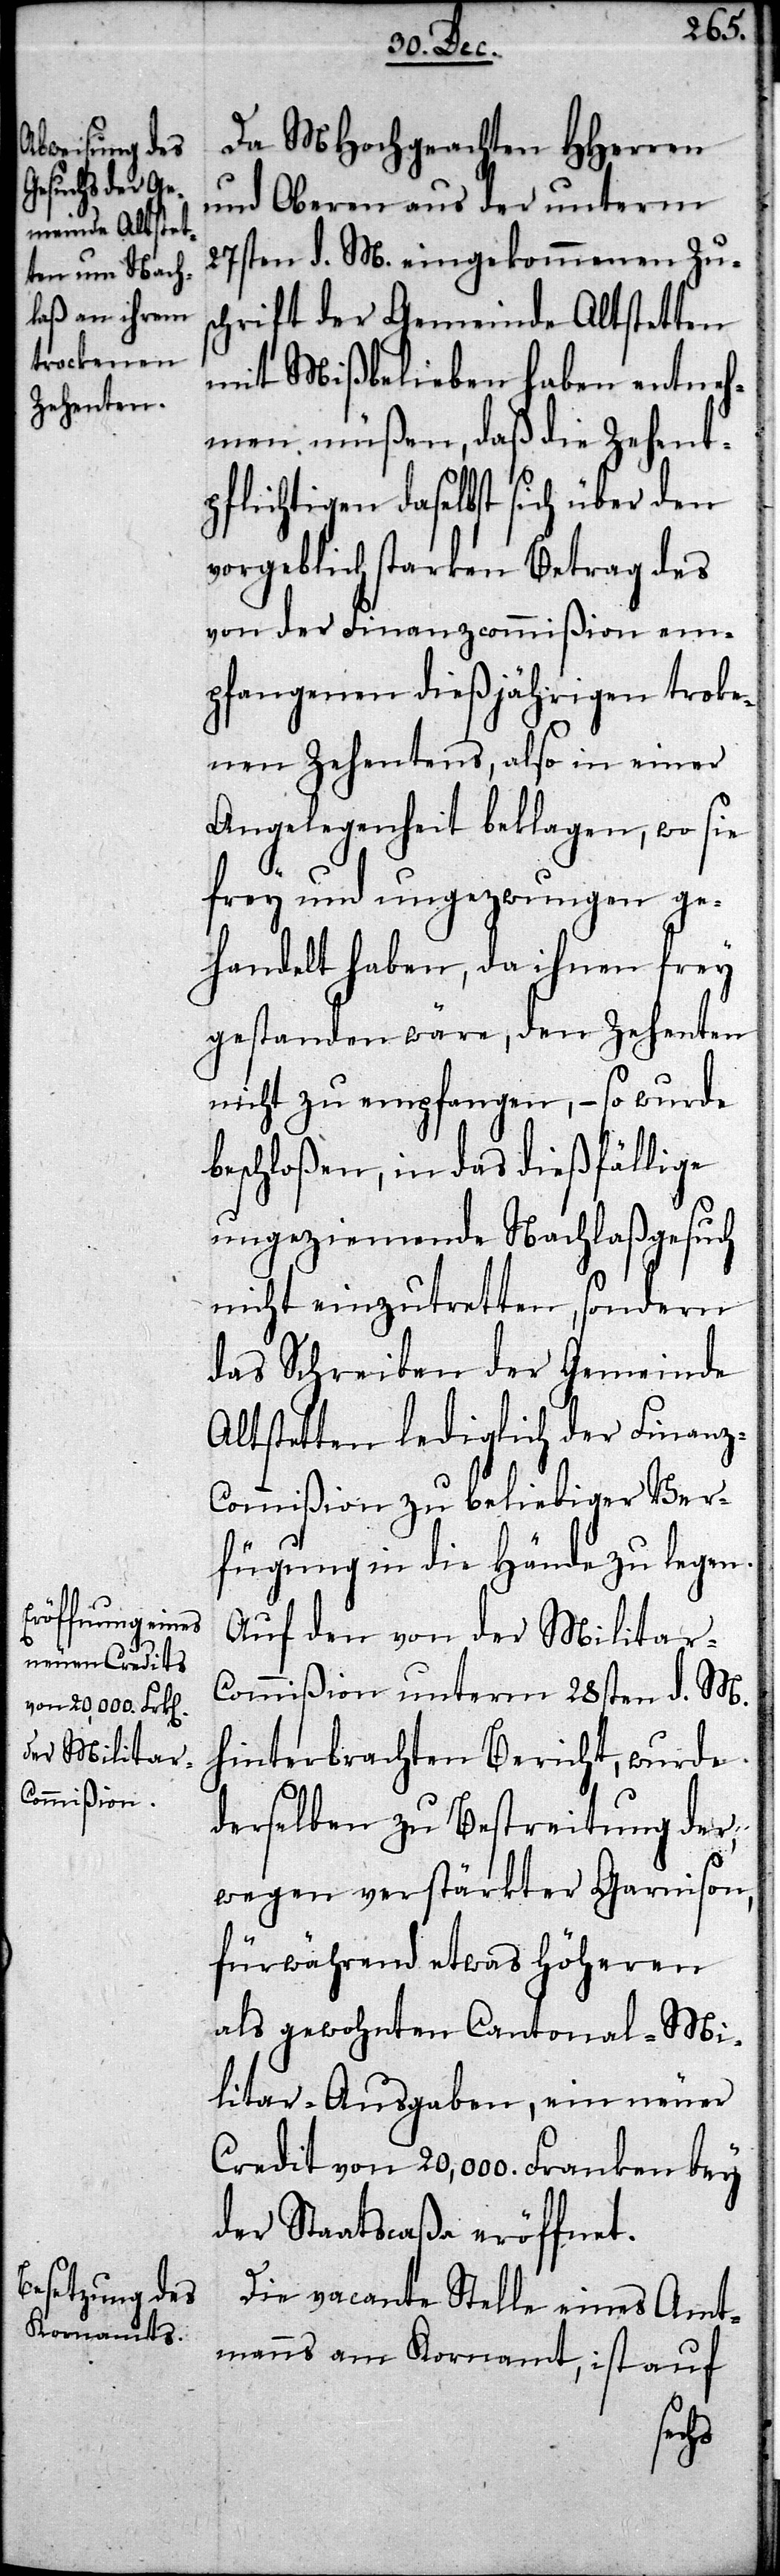
Da MHochgeachten HHerren
und Oberen aus der unterm
27sten d. M. eingekommenen Zus¬
chrift der Gemeinde Altstetten
mit Mißbelieben haben entneh¬
men müßen, daß die Zehent¬
pflichtigen daselbst sich über den
vorgeblich starken Betrag des
von der Finanzcommißion em¬
pfangenen dießjährigen troke¬
nen Zehentens, also in einer
Angelegenheit beklagen, wo sie
frey und ungezwungen ge¬
handelt haben, da ihnen frey
gestanden wäre, den Zehenten
nicht zu empfangen, – so wurde
beschloßen, in das dießfällige
ungeziemende Nachlaßgesuch
nicht einzutretten, sondern
das Schreiben der Gemeinde
Altstetten lediglich der Finan¬
z-Commißion zu beliebiger Ver¬
fügung in die Hände zu legen.
Auf den von der Militar-C¬
ommißion unterm 28sten d. M.
hinterbrachten Bericht, wurde
derselben zu Bestreitung der,
wegen verstärkter Garnison,
fürwährend etwas höheren
als gewohnten Cantonal-Mi¬
litar-Ausgaben, ein neuer
Credit von 20,000. Franken bey
der Staatscaßa eröffnet.
Die vacante Stelle eines Amt¬
manns am Kornamt, ist auf